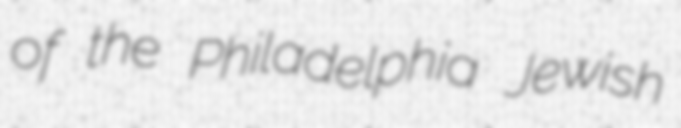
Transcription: of the Philadelphia Jewish